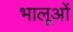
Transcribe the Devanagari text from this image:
भालूओंं